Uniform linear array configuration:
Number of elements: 12
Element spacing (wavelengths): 0.75
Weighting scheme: hamming
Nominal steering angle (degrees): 45
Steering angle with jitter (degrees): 46.677
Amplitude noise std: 0.05
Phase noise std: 0.05

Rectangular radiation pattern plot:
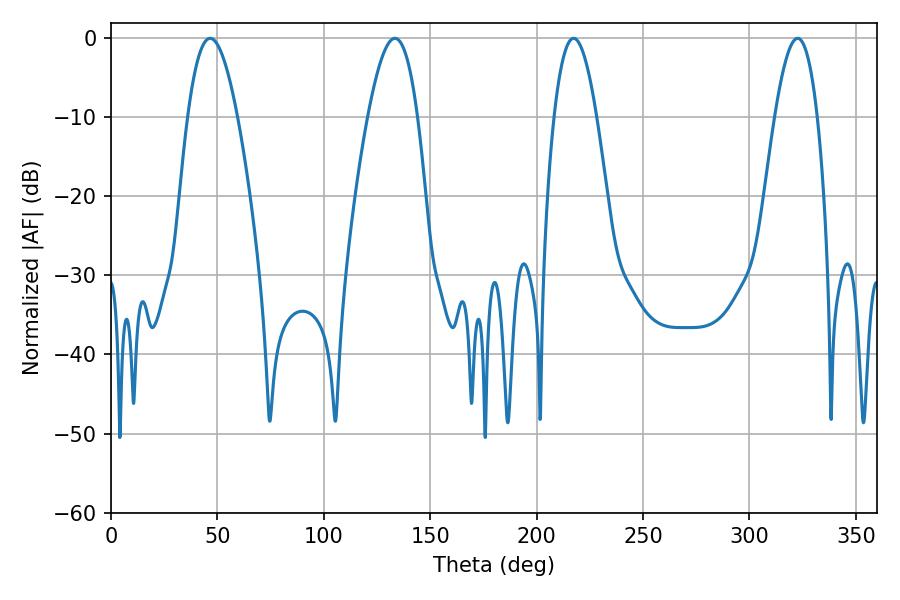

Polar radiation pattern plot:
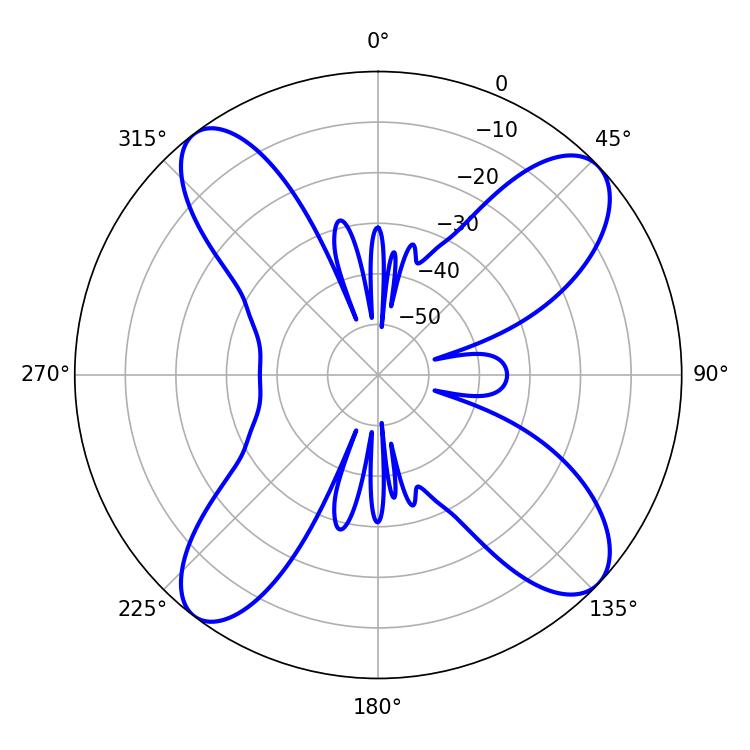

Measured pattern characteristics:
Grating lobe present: TRUE
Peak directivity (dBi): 13.076
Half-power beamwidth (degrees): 12.78
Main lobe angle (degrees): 46.62